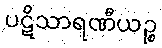
ပဋိသာရဏီယဉ္စ